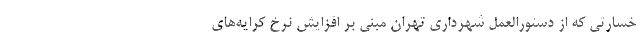
خسارتی که از دستورالعمل شهرداری تهران مبنی بر افزایش نرخ کرایه‌های